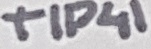
Text: TIP41